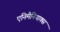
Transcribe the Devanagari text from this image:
एनिमैनियाक्स